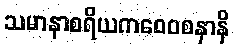
သမာနာစရိယကဝေဝစနာနိ